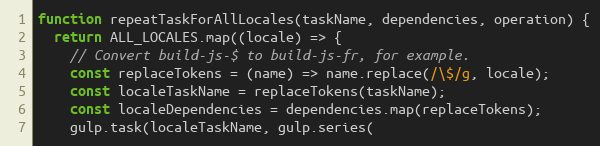
Language: JavaScript
function repeatTaskForAllLocales(taskName, dependencies, operation) {
  return ALL_LOCALES.map((locale) => {
    // Convert build-js-$ to build-js-fr, for example.
    const replaceTokens = (name) => name.replace(/\$/g, locale);
    const localeTaskName = replaceTokens(taskName);
    const localeDependencies = dependencies.map(replaceTokens);
    gulp.task(localeTaskName, gulp.series(